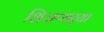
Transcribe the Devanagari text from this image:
शिजणार्‍या